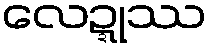
လေဍ္ဍုဿ